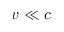
v \ll c